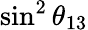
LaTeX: \sin^{2}\theta_{13}